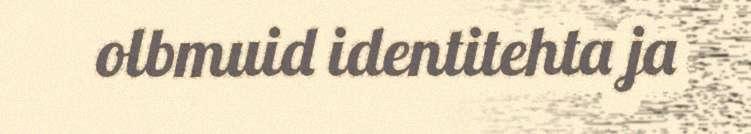
olbmuid identitehta ja